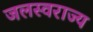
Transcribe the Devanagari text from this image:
जलस्वराज्य